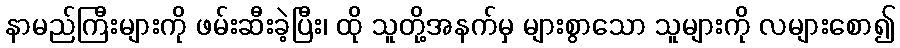
နာမည်ကြီးများကို ဖမ်းဆီးခဲ့ပြီး၊ ထို သူတို့အနက်မှ များစွာသော သူများကို လများစော၍